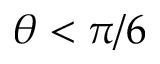
\theta < \pi / 6